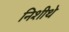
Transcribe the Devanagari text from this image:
निशीथे